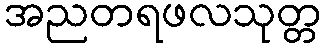
အညတရဖလသုတ္တ